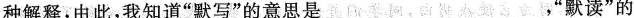
种解释，由此，我知道”默写”的意思是___，立，”默读”的